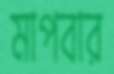
মাপবার